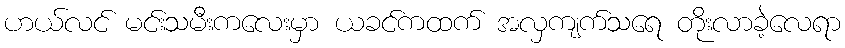
ဟယ်လင် မင်းသမီးကလေးမှာ ယခင်ကထက် အလှကျက်သရေ တိုးလာခဲ့လေရာ